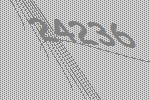
24236